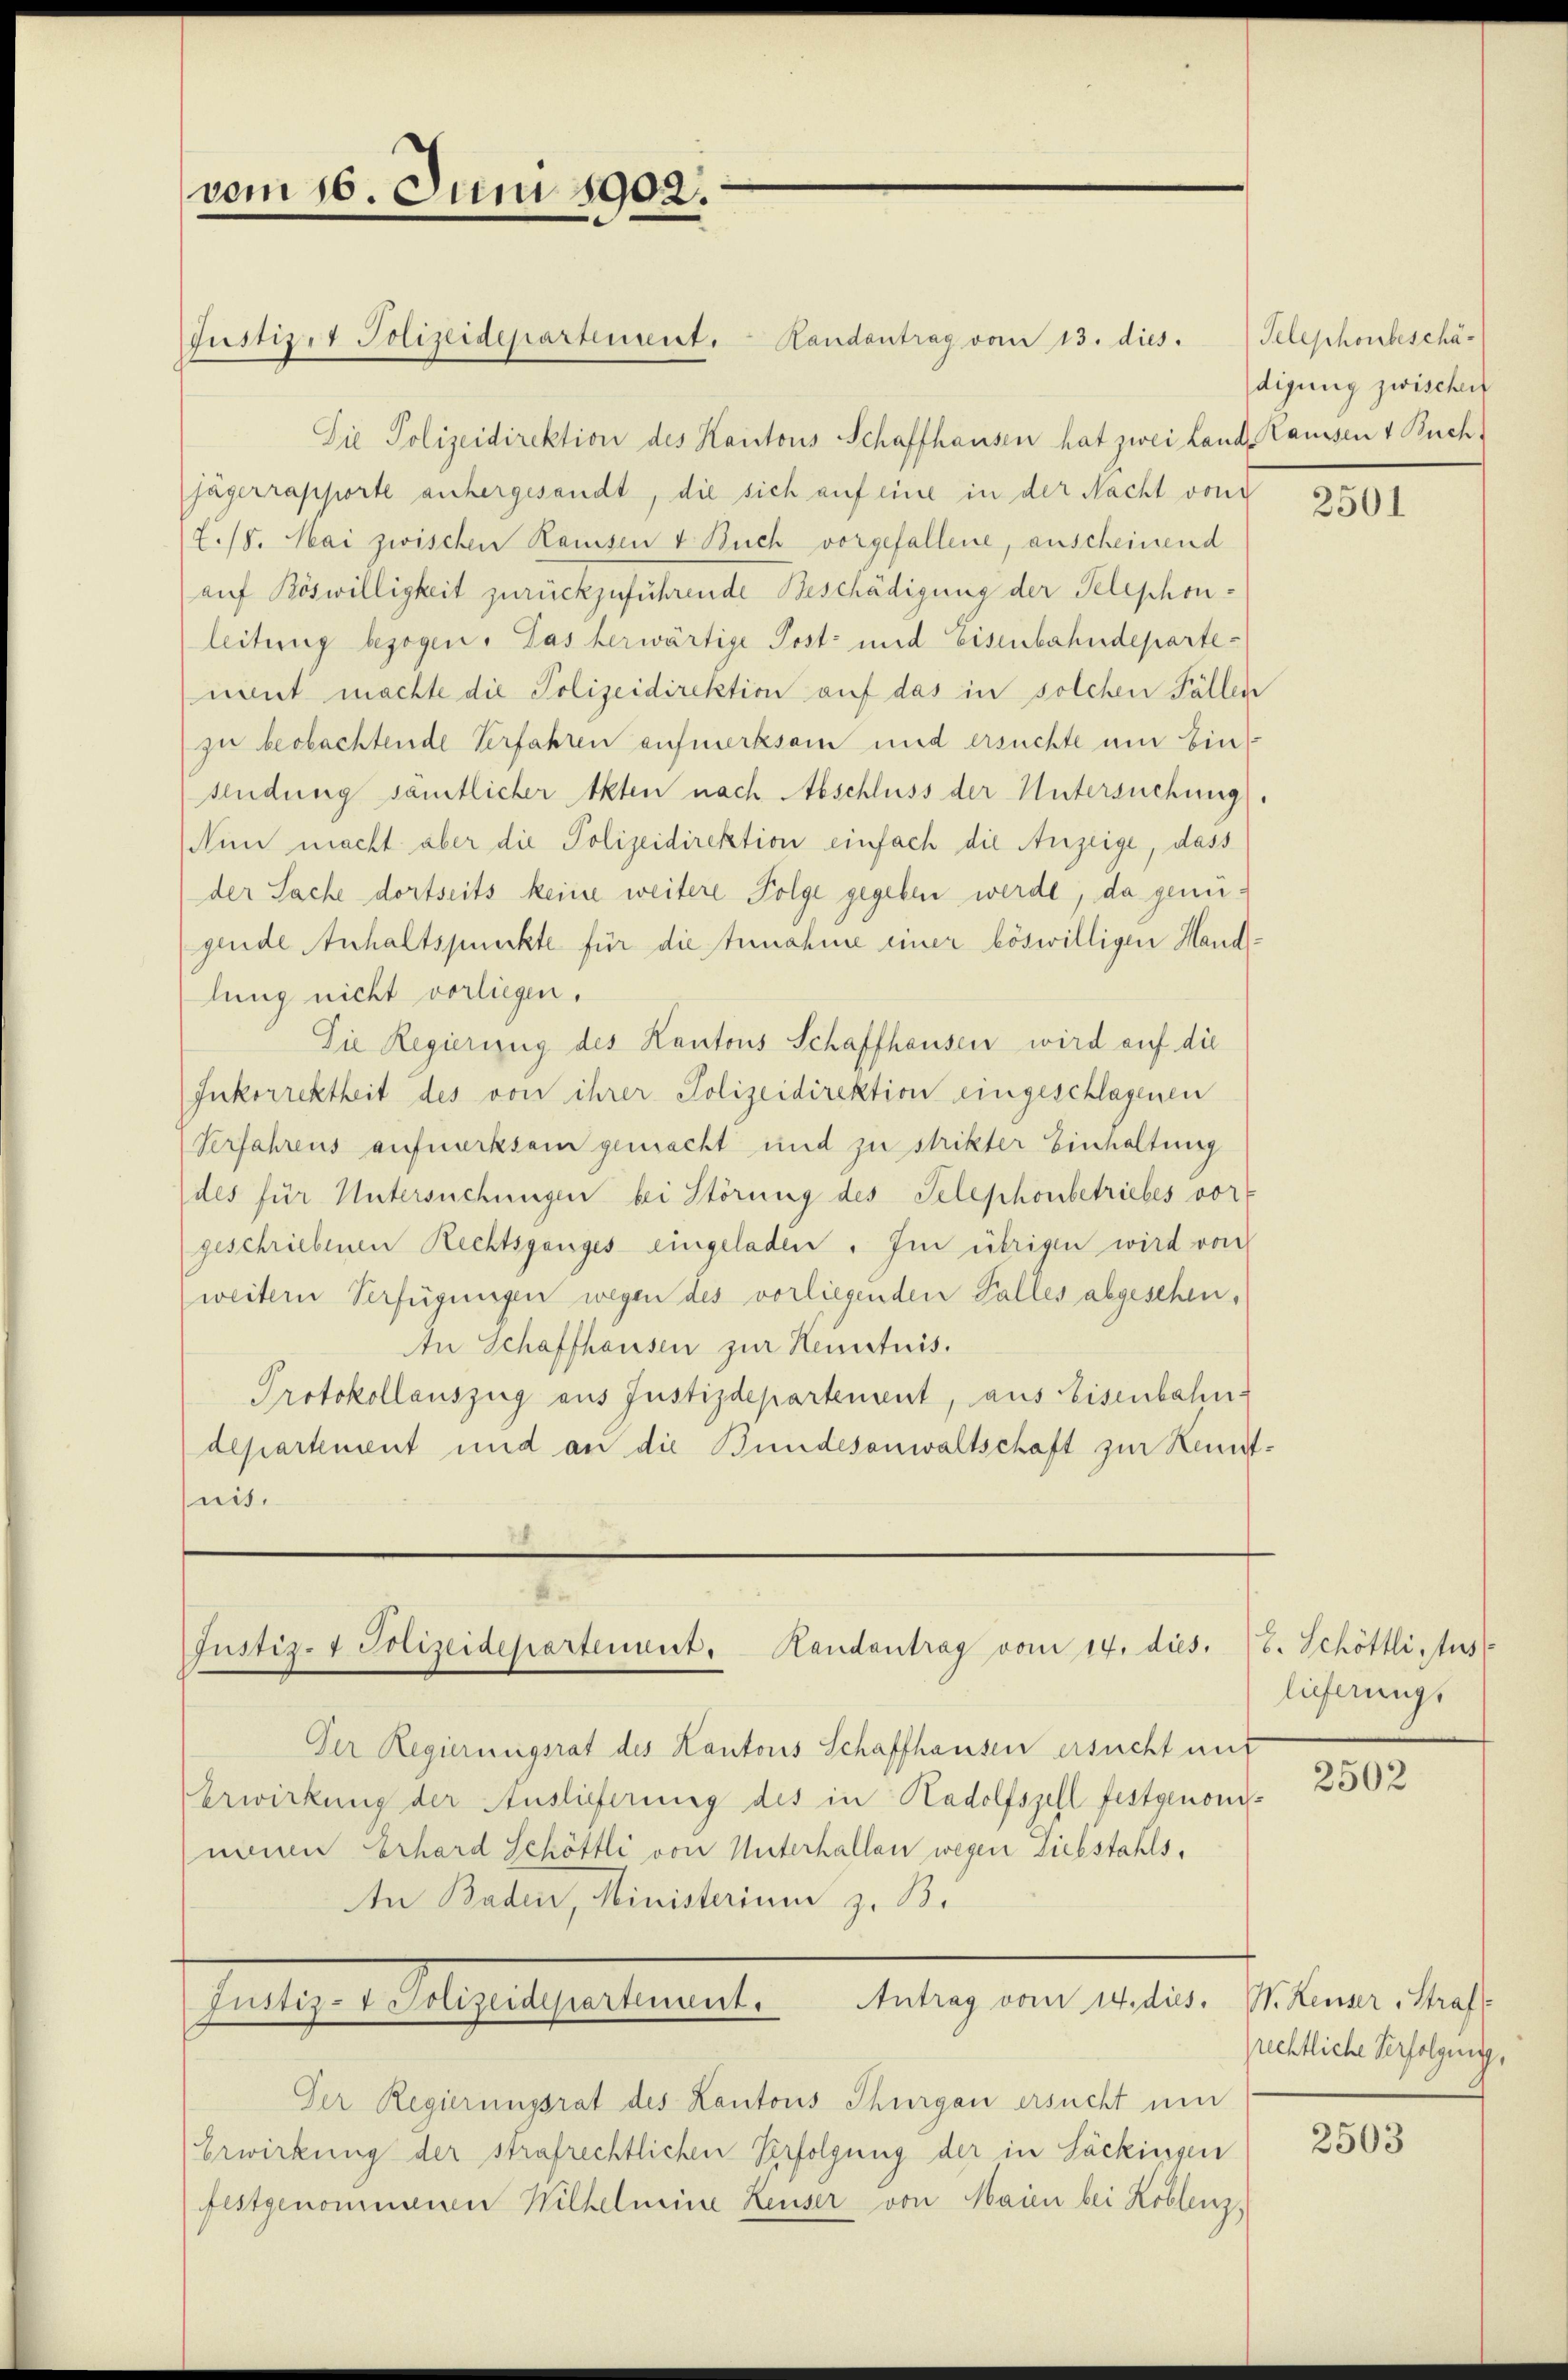
vom 16. Juni 1902.

Randantrag vom 13. dies.
Die Polizeidirektion des Kantons Schaffhausen hat zwei Land Raussen & Buch,
jägerrapporte anhergesandt, die sich auf eine in der Nacht von
E./8. Mai zwischen Ramsen & Buch vorgefallene, anscheinend
auf Böswilligkeit zurückzuführende Beschädigung der Telephonleitung bezogen. Das herwärtige Post- und Eisenbahndepartenient machte die Polizeidirektion auf das in solchen Fällen
zu beobachtende Verfahren aufmerksam und ersuchte um bin
sendung sämtlicher Akten nach Abschluss der Untersuchung).
Nun macht aber die Polizeidirektion einfach die Anzeige, dass
der Sache dortseits keine weitere Folge gegeben werde, da genügende Anhaltspunkte für die Annahme einer böswilligen Handlung nicht vorliegen.
Die Regierung des Kantons Schaffhausen wird auf die
Inkorrektheit des von ihrer Polizeidirektion eingeschlagenen
Verfahrens aufmerksam gemacht und zu strikter Einhaltung
des für Untersuchungen bei Störung des Telephonbetriebes vors
geschriebenen Rechtsganges eingeladen. Im übrigen wird von
weitern Verfügungen wegen des vorliegenden Falles abgesehen,
An Schaffhausen zur Kenntnis.
Protokollauszug aus Justizdepartement, aus Eisenbahn
departement und an die Bundesanwaltschaft zur Kenntnis.

Justiz & Polizeidepartement.

Justiz- & Polizeidepartement. Handantrag vom 14. dies.

Der Regierungsrat des Kantons Schaffhausen ersucht mit
Erwirkung der Auslieferung des in Hadolfszell festgenommenen Erhard Schöttli von Unterhallen wegen Liebstahls,
An Baden, Ministerium z. B.
Antrag vom 14. dies. W. Heuser, Straffaltigen eigelegenstrument
Der Regierungsrat des Kantons Thurgau ersucht um
Erwirkung der strafrechtlichen Verfolgung der in Säckingen
festgenommenen Wilhelmine Leuser von Maien bei Koblenz,

Telephonbeschädigung zwischen

2501

S. Schöttli fus
lieferungs

2502

rechtliche Verfolgung,

2503